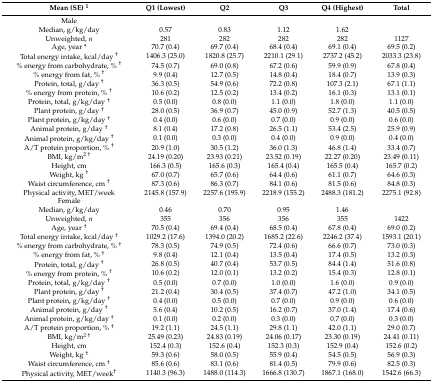
<table><thead><tr><td><b>Mean (SE) <sup>1</sup></b></td><td><b>Q1 (Lowest)</b></td><td><b>Q2</b></td><td><b>Q3</b></td><td><b>Q4 (Highest)</b></td><td><b>Total</b></td></tr></thead><tbody><tr><td>Male</td><td></td><td></td><td></td><td></td><td></td></tr><tr><td>Median, g/kg/day</td><td>0.57</td><td>0.83</td><td>1.12</td><td>1.62</td><td></td></tr><tr><td>Unweighted, <i>n</i></td><td>281</td><td>282</td><td>282</td><td>282</td><td>1127</td></tr><tr><td>Age, year *</td><td>70.7 (0.4)</td><td>69.7 (0.4)</td><td>68.4 (0.4)</td><td>69.1 (0.4)</td><td>69.5 (0.2)</td></tr><tr><td>Total energy intake, kcal/day <sup>†</sup></td><td>1406.3 (25.0)</td><td>1820.8 (25.7)</td><td>2210.1 (29.1)</td><td>2737.2 (45.2)</td><td>2033.3 (23.8)</td></tr><tr><td>% energy from carbohydrate, % <sup>†</sup></td><td>74.5 (0.7)</td><td>69.0 (0.8)</td><td>67.2 (0.6)</td><td>59.9 (0.9)</td><td>67.8 (0.4)</td></tr><tr><td>% energy from fat, % <sup>†</sup></td><td>9.9 (0.4)</td><td>12.7 (0.5)</td><td>14.8 (0.4)</td><td>18.4 (0.7)</td><td>13.9 (0.3)</td></tr><tr><td>Protein, total, g/day <sup>†</sup></td><td>36.3 (0.5)</td><td>54.9 (0.6)</td><td>72.2 (0.8)</td><td>107.3 (2.1)</td><td>67.1 (1.1)</td></tr><tr><td>% energy from protein, % <sup>†</sup></td><td>10.6 (0.2)</td><td>12.5 (0.2)</td><td>13.4 (0.2)</td><td>16.1 (0.3)</td><td>13.1 (0.1)</td></tr><tr><td>Protein, total, g/kg/day <sup>†</sup></td><td>0.5 (0.0)</td><td>0.8 (0.0)</td><td>1.1 (0.0)</td><td>1.8 (0.0)</td><td>1.1 (0.0)</td></tr><tr><td>Plant protein, g/day <sup>†</sup></td><td>28.0 (0.5)</td><td>36.9 (0.7)</td><td>45.0 (0.9)</td><td>52.7 (1.3)</td><td>40.5 (0.5)</td></tr><tr><td>Plant protein, g/kg/day <sup>†</sup></td><td>0.4 (0.0)</td><td>0.6 (0.0)</td><td>0.7 (0.0)</td><td>0.9 (0.0)</td><td>0.6 (0.0)</td></tr><tr><td>Animal protein, g/day <sup>†</sup></td><td>8.1 (0.4)</td><td>17.2 (0.8)</td><td>26.5 (1.1)</td><td>53.4 (2.5)</td><td>25.9 (0.9)</td></tr><tr><td>Animal protein, g/kg/day <sup>†</sup></td><td>0.1 (0.0)</td><td>0.3 (0.0)</td><td>0.4 (0.0)</td><td>0.9 (0.0)</td><td>0.4 (0.0)</td></tr><tr><td>A/T protein proportion, % <sup>†</sup></td><td>20.9 (1.0)</td><td>30.5 (1.2)</td><td>36.0 (1.3)</td><td>46.8 (1.4)</td><td>33.4 (0.7)</td></tr><tr><td>BMI, kg/m<sup>2 †</sup></td><td>24.19 (0.20)</td><td>23.93 (0.21)</td><td>23.52 (0.19)</td><td>22.27 (0.20)</td><td>23.49 (0.11)</td></tr><tr><td>Height, cm</td><td>166.3 (0.5)</td><td>165.6 (0.3)</td><td>165.4 (0.4)</td><td>165.5 (0.4)</td><td>165.7 (0.2)</td></tr><tr><td>Weight, kg <sup>†</sup></td><td>67.0 (0.7)</td><td>65.7 (0.6)</td><td>64.4 (0.6)</td><td>61.1 (0.7)</td><td>64.6 (0.3)</td></tr><tr><td>Waist circumference, cm <sup>†</sup></td><td>87.3 (0.6)</td><td>86.3 (0.7)</td><td>84.1 (0.6)</td><td>81.5 (0.6)</td><td>84.8 (0.3)</td></tr><tr><td>Physical activity, MET/week</td><td>2145.8 (157.9)</td><td>2257.6 (195.9)</td><td>2218.9 (155.2)</td><td>2488.3 (181.2)</td><td>2275.1 (92.8)</td></tr><tr><td>Female</td><td></td><td></td><td></td><td></td><td></td></tr><tr><td>Median, g/kg/day</td><td>0.46</td><td>0.70</td><td>0.95</td><td>1.46</td><td></td></tr><tr><td>Unweighted, <i>n</i></td><td>355</td><td>356</td><td>356</td><td>355</td><td>1422</td></tr><tr><td>Age, year <sup>†</sup></td><td>70.5 (0.4)</td><td>69.4 (0.4)</td><td>68.5 (0.4)</td><td>67.8 (0.4)</td><td>69.0 (0.2)</td></tr><tr><td>Total energy intake, kcal/day <sup>†</sup></td><td>1029.2 (17.6)</td><td>1394.0 (20.2)</td><td>1685.2 (22.6)</td><td>2246.2 (37.4)</td><td>1593.1 (20.1)</td></tr><tr><td>% energy from carbohydrate, % <sup>†</sup></td><td>78.3 (0.5)</td><td>74.9 (0.5)</td><td>72.4 (0.6)</td><td>66.6 (0.7)</td><td>73.0 (0.3)</td></tr><tr><td>% energy from fat, % <sup>†</sup></td><td>9.8 (0.4)</td><td>12.1 (0.4)</td><td>13.5 (0.4)</td><td>17.4 (0.5)</td><td>13.2 (0.3)</td></tr><tr><td>Protein, total, g/day <sup>†</sup></td><td>26.8 (0.5)</td><td>40.7 (0.4)</td><td>53.7 (0.5)</td><td>84.4 (1.4)</td><td>51.6 (0.8)</td></tr><tr><td>% energy from protein, % <sup>†</sup></td><td>10.6 (0.2)</td><td>12.0 (0.1)</td><td>13.2 (0.2)</td><td>15.4 (0.3)</td><td>12.8 (0.1)</td></tr><tr><td>Protein, total, g/kg/day <sup>†</sup></td><td>0.5 (0.0)</td><td>0.7 (0.0)</td><td>1.0 (0.0)</td><td>1.6 (0.0)</td><td>0.9 (0.0)</td></tr><tr><td>Plant protein, g/day <sup>†</sup></td><td>21.2 (0.4)</td><td>30.4 (0.5)</td><td>37.4 (0.7)</td><td>47.2 (1.0)</td><td>34.1 (0.5)</td></tr><tr><td>Plant protein, g/kg/day <sup>†</sup></td><td>0.4 (0.0)</td><td>0.5 (0.0)</td><td>0.7 (0.0)</td><td>0.9 (0.0)</td><td>0.6 (0.0)</td></tr><tr><td>Animal protein, g/day <sup>†</sup></td><td>5.6 (0.4)</td><td>10.2 (0.5)</td><td>16.2 (0.7)</td><td>37.0 (1.4)</td><td>17.4 (0.6)</td></tr><tr><td>Animal protein, g/kg/day <sup>†</sup></td><td>0.1 (0.0)</td><td>0.2 (0.0)</td><td>0.3 (0.0)</td><td>0.7 (0.0)</td><td>0.3 (0.0)</td></tr><tr><td>A/T protein proportion, % <sup>†</sup></td><td>19.2 (1.1)</td><td>24.5 (1.1)</td><td>29.8 (1.1)</td><td>42.0 (1.1)</td><td>29.0 (0.7)</td></tr><tr><td>BMI, kg/m<sup>2 †</sup></td><td>25.49 (0.23)</td><td>24.83 (0.19)</td><td>24.06 (0.17)</td><td>23.30 (0.19)</td><td>24.41 (0.11)</td></tr><tr><td>Height, cm</td><td>152.4 (0.3)</td><td>152.6 (0.4)</td><td>152.3 (0.3)</td><td>152.9 (0.4)</td><td>152.6 (0.2)</td></tr><tr><td>Weight, kg <sup>†</sup></td><td>59.3 (0.6)</td><td>58.0 (0.5)</td><td>55.9 (0.4)</td><td>54.5 (0.5)</td><td>56.9 (0.3)</td></tr><tr><td>Waist circumference, cm <sup>†</sup></td><td>85.6 (0.6)</td><td>83.1 (0.6)</td><td>81.4 (0.5)</td><td>79.9 (0.6)</td><td>82.5 (0.3)</td></tr><tr><td>Physical activity, MET/week<sup>†</sup></td><td>1140.3 (96.3)</td><td>1488.0 (114.3)</td><td>1666.8 (130.7)</td><td>1867.1 (168.0)</td><td>1542.6 (66.3)</td></tr></tbody></table>